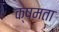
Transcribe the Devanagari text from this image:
क्षमता